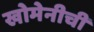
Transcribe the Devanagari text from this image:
खोमेनीची